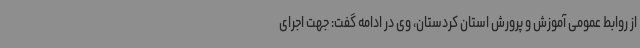
از روابط عمومی آموزش و پرورش استان کردستان، وی در ادامه گفت: جهت اجرای